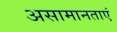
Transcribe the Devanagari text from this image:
असामानताएं